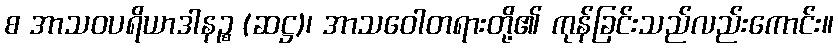
စ အာသဝပရိယာဒါနဉ္စ (ဆဋ္ဌ)၊ အာသဝေါတရားတို့၏ ကုန်ခြင်းသည်လည်းကောင်း။